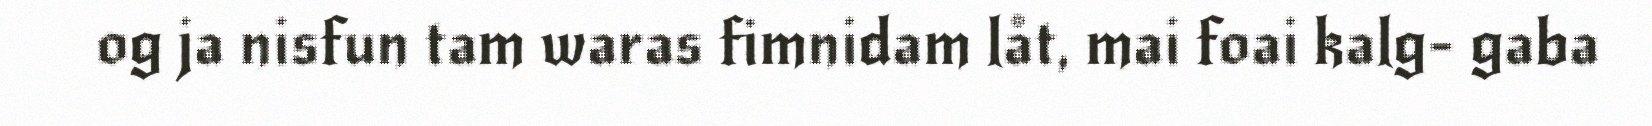
og ja nisfun tam waras fimnidam låt, mai foai kalg- gaba